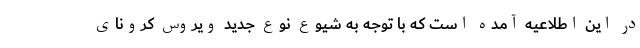
در این اطلاعیه آمده است که با توجه به شیوع نوع جدید ویروس کرونای